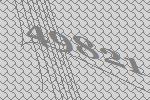
49821